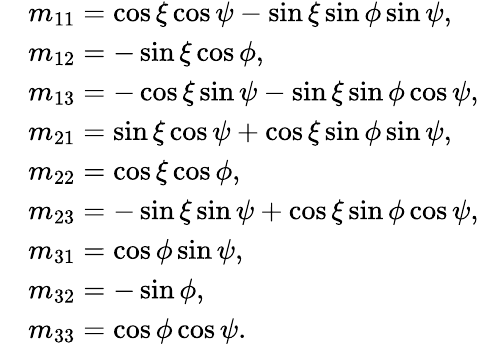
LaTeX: \begin{array}{rl}&{m_{11}=\cos{\xi}\cos{\psi}-\sin{\xi}\sin{\phi}\sin{\psi},}\\ &{m_{12}=-\sin{\xi}\cos{\phi},}\\ &{m_{13}=-\cos{\xi}\sin{\psi}-\sin{\xi}\sin{\phi}\cos{\psi},}\\ &{m_{21}=\sin{\xi}\cos{\psi}+\cos{\xi}\sin{\phi}\sin{\psi},}\\ &{m_{22}=\cos{\xi}\cos{\phi},}\\ &{m_{23}=-\sin{\xi}\sin{\psi}+\cos{\xi}\sin{\phi}\cos{\psi},}\\ &{m_{31}=\cos{\phi}\sin{\psi},}\\ &{m_{32}=-\sin{\phi},}\\ &{m_{33}=\cos{\phi}\cos{\psi}.}\end{array}